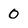
Character: 0